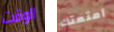
الوقت أمتعتك